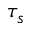
\tau _ { s }